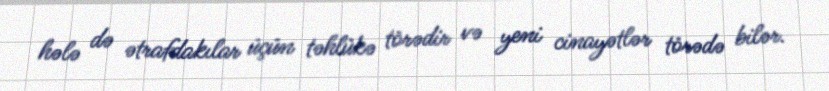
hələ də ətrafdakılar üçün təhlükə törədir və yeni cinayətlər törədə bilər.